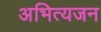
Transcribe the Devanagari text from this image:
अभित्यजन